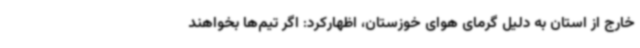
خارج از استان به دلیل گرمای هوای خوزستان، اظهارکرد: اگر تیم‌ها بخواهند